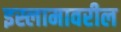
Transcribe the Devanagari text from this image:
इस्लामावरील